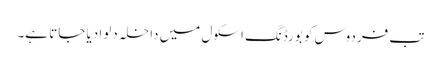
تب فردوس کو بورڈنگ اسکول میں داخلہ دلوا دیا جاتا ہے۔